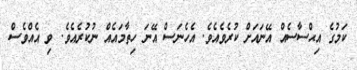
ކަމުގެ އިޙްސާސެއް އޭނައަށް ކުރެވެއެވެ. އެހެނަސް އޭނަ ހިތާމައެއް ނުކުރެއެވެ. ވި އެއްވެސް